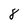
Character: 8